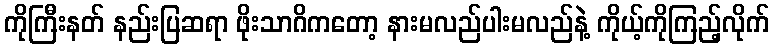
ကိုကြီးနတ် နည်းပြဆရာ ဖိုးသာဂိကတော့ နားမလည်ပါးမလည်နဲ့ ကိုယ့်ကိုကြည့်လိုက်